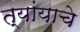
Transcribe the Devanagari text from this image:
त्यांयाचे